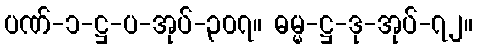
ပဏ်-၁-ဋ္ဌ-ပ-အုပ်-၃၀၇။ ဓမ္မ-ဋ္ဌ-ဒု-အုပ်-၇၂။